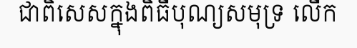
ជាពិសេសក្នុងពិធីបុណ្យសមុទ្រ លើក